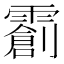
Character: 𬰌